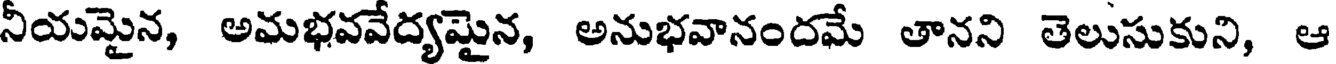
నీయమైన, అమభవవేద్యమైన, అనుభవానందమే తానని తెలుసుకుని, ఆ